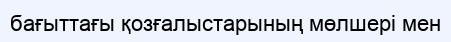
бағыттағы қозғалыстарының мөлшері мен